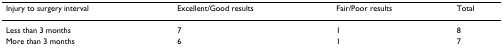
| Injury to surgery interval | Excellent/Good results | Fair/Poor results | Total |
 | --- | --- | --- | --- |
 | Less than 3 months | 7 | 1 | 8 |
 | More than 3 months | 6 | 1 | 7 |